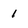
Character: 1